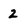
Character: 2